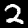
Label: 2